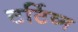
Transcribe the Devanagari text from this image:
टर्टिव्म